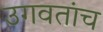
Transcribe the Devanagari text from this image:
उगवतांच